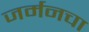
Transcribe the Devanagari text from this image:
जर्मनचा